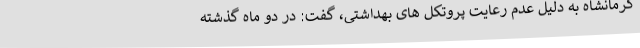
کرمانشاه به دلیل عدم رعایت پروتکل های بهداشتی، گفت: در دو ماه گذشته